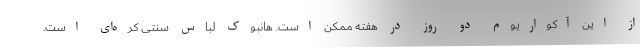
از این آکواریوم دو روز در هفته ممکن است. هانبوک لباس سنتی کره‌ای است.